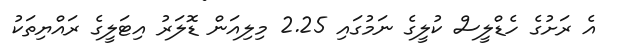
އެ ރަށުގެ ހެޑްލީސް ކުލީގެ ނަމުގައި 2.25 މިލިއަން ޑޮލަރު އިޓަލީގެ ރައްޔިތަކު